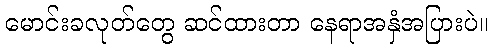
မောင်းခလုတ်တွေ ဆင်ထားတာ နေရာအနှံအပြားပဲ။